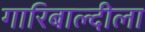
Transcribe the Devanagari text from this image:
गारिबाल्दीला